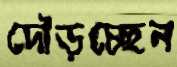
দৌড়চ্ছেন